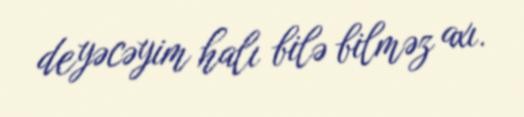
deyəcəyim halı bilə bilməz axı.